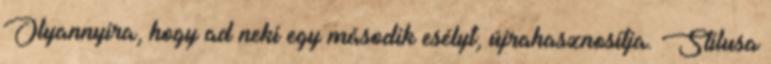
Olyannyira, hogy ad neki egy második esélyt, újrahasznosítja. Stílusa